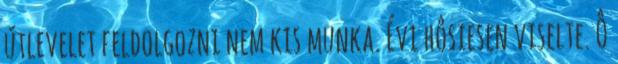
útlevelet feldolgozni nem kis munka. Évi hôsiesen viselte. Ô